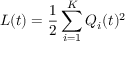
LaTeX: L ( t ) = { \frac { 1 } { 2 } } \sum _ { i = 1 } ^ { K } Q _ { i } ( t ) ^ { 2 }